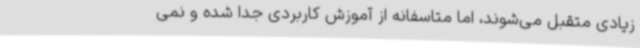
زیادی متقبل می‌شوند، اما متاسفانه از آموزش کاربردی جدا شده و نمی